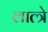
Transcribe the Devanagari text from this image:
लात्त्रे